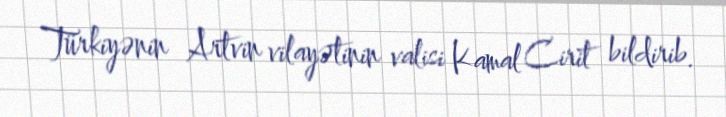
Türkiyənin Artvin vilayətinin valisi Kamal Cirit bildirib.